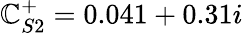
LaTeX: \mathbb{C}_{S2}^{+}=0.041+0.31i